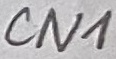
Text: CN1